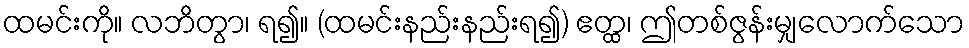
ထမင်းကို။ လဘိတွာ၊ ရ၍။ (ထမင်းနည်းနည်းရ၍) ဧတ္ထ၊ ဤတစ်ဇွန်းမျှလောက်သော